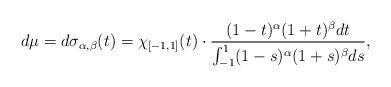
\begin{align*}d\mu=d\sigma_{\alpha,\beta}(t)=\chi_{[-1,1]}(t)\cdot \frac{(1-t)^\alpha(1+t)^\beta dt}{\int_{-1}^1 (1-s)^\alpha(1+s)^\beta ds },\end{align*}